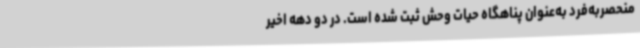
منحصربه‌فرد به‌عنوان پناهگاه حیات ‌وحش ثبت ‌شده است. در دو دهه اخیر